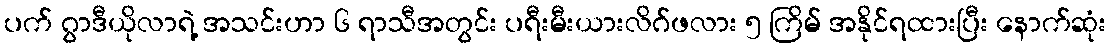
ပက် ဂွာဒီယိုလာရဲ့ အသင်းဟာ ၆ ရာသီအတွင်း ပရီးမီးယားလိဂ်ဖလား ၅ ကြိမ် အနိုင်ရထားပြီး နောက်ဆုံး